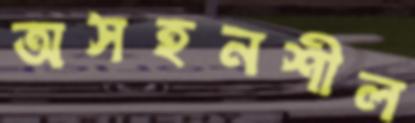
অসহনশীল